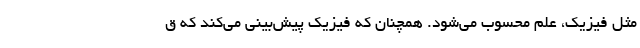
مثل فیزیک، علم محسوب می‌شود. همچنان که فیزیک پیش‌بینی می‌کند که ق